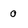
Character: 0